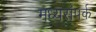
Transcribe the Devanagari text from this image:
मध्यसंपर्क